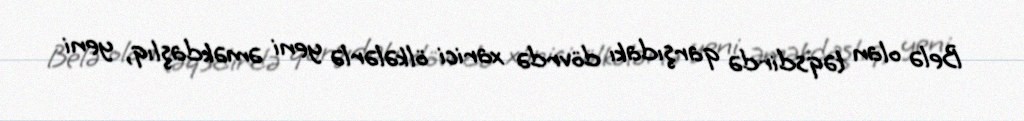
Belə olan təqsdirdə qarşıdakı dövrdə xarici ölkələrlə yeni əməkdaşlıq, yeni